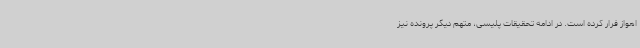
اهواز فرار کرده است. در ادامه تحقیقات پلیسی، متهم دیگر پرونده نیز